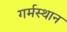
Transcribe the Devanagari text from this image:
गर्मस्थान